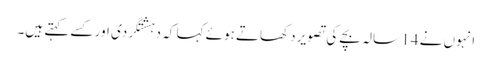
انہوں نے 14 سالہ بچے کی تصویر دکھاتے ہوئے کہا کہ دہشتگردی اور کسے کہتے ہیں۔